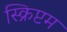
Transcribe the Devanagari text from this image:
स्क्रिप्टम